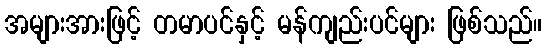
အများအားဖြင့် တမာပင်နှင့် မန်ကျည်းပင်များ ဖြစ်သည်။